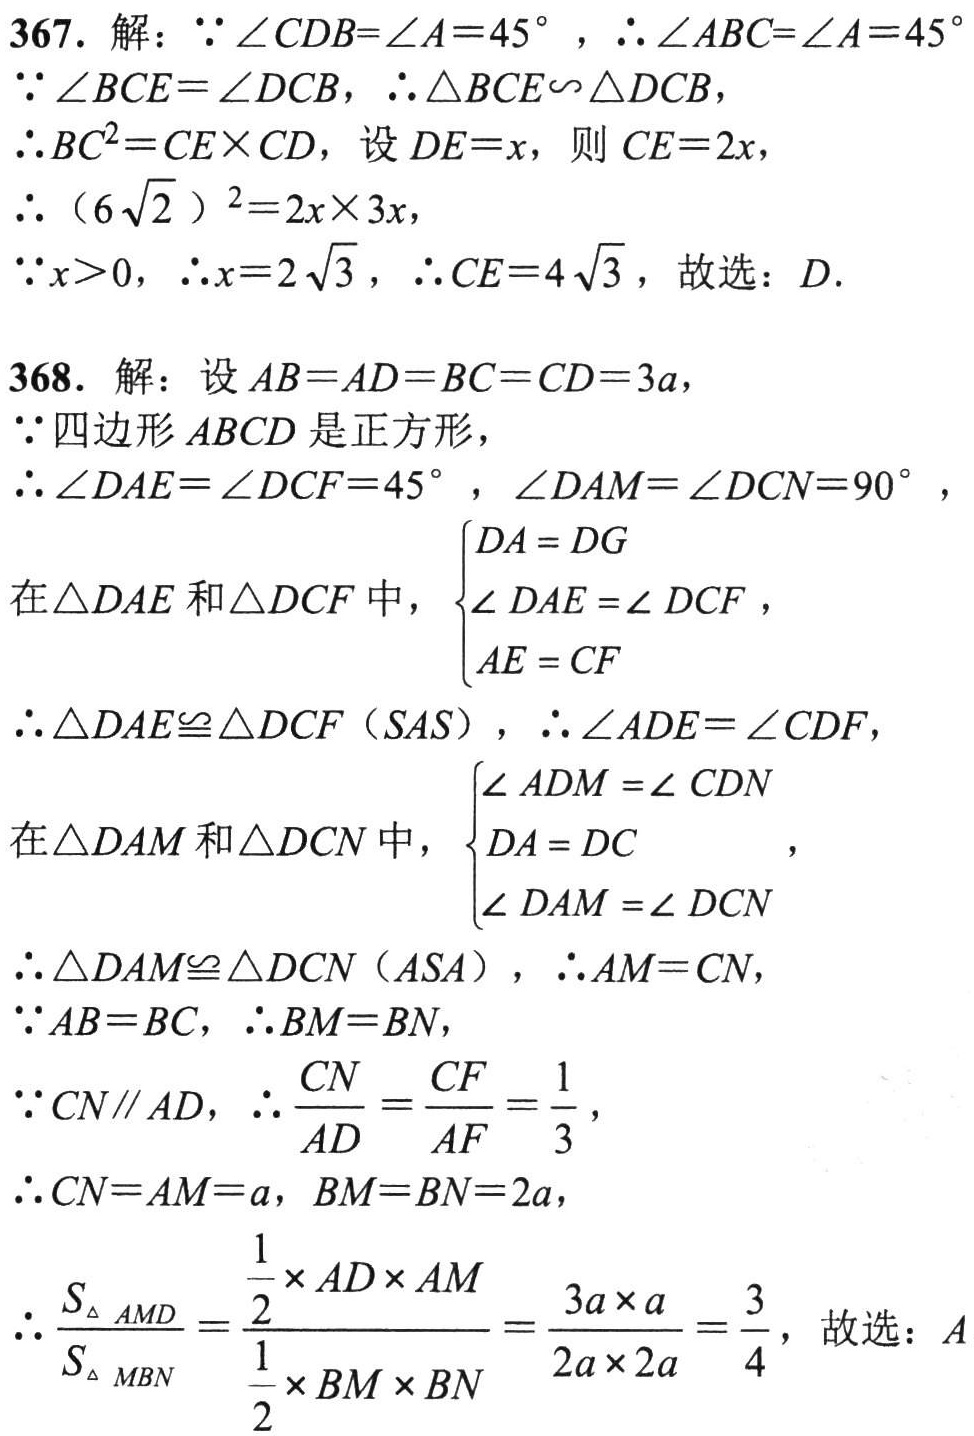
367. 解：\(\because\angle CDB = \angle A = 45^{\circ}\)，\(\therefore\angle ABC=\angle A = 45^{\circ}\)
\(\because\angle BCE=\angle DCB\)，\(\therefore\triangle BCE\sim\triangle DCB\)，
\(\therefore BC^{2}=CE\times CD\)，设 \(DE = x\)，则 \(CE = 2x\)，
\(\therefore(6\sqrt{2})^{2}=2x\times3x\)，
\(\because x > 0\)，\(\therefore x = 2\sqrt{3}\)，\(\therefore CE = 4\sqrt{3}\)，故选：\(D\).
368. 解：设 \(AB = AD = BC = CD = 3a\)，
\(\because\)四边形 \(ABCD\) 是正方形，
\(\therefore\angle DAE=\angle DCF = 45^{\circ}\)，\(\angle DAM=\angle DCN = 90^{\circ}\)，
在\(\triangle DAE\) 和\(\triangle DCF\) 中，\(\begin{cases}DA = DG\\\angle DAE=\angle DCF\\AE = CF\end{cases}\)，
\(\therefore\triangle DAE\cong\triangle DCF\)（\(SAS\)），\(\therefore\angle ADE=\angle CDF\)，
在\(\triangle DAM\) 和\(\triangle DCN\) 中，\(\begin{cases}\angle ADM=\angle CDN\\DA = DC\\\angle DAM=\angle DCN\end{cases}\)，
\(\therefore\triangle DAM\cong\triangle DCN\)（\(ASA\)），\(\therefore AM = CN\)，
\(\because AB = BC\)，\(\therefore BM = BN\)，
\(\because CN\parallel AD\)，\(\therefore\frac{CN}{AD}=\frac{CF}{AF}=\frac{1}{3}\)，
\(\therefore CN = AM = a\)，\(BM = BN = 2a\)，
\(\therefore\frac{S_{\triangle AMD}}{S_{\triangle MBN}}=\frac{\frac{1}{2}\times AD\times AM}{\frac{1}{2}\times BM\times BN}=\frac{3a\times a}{2a\times 2a}=\frac{3}{4}\)，故选：\(A\)